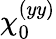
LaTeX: \chi_{0}^{(yy)}